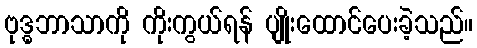
ဗုဒ္ဓဘာသာကို ကိုးကွယ်ရန် ပျိုးထောင်ပေးခဲ့သည်။